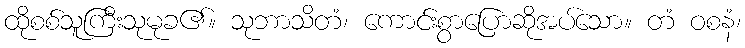
ထိုစစ်သူကြီးသုမုခ၏။ သုဘာသိတံ၊ ကောင်းစွာပြောဆိုအပ်သော။ တံ ဝစနံ၊